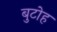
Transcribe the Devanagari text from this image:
बुटोह